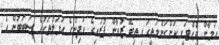
އަމާން ވެއްޓަކީ ކަންކަންމަތީގައި ތިބޭ ޒުވާން ފުރައިގެ ކުދިންގެ އަމަލުތަކުގެ ސަބަބުން އެ